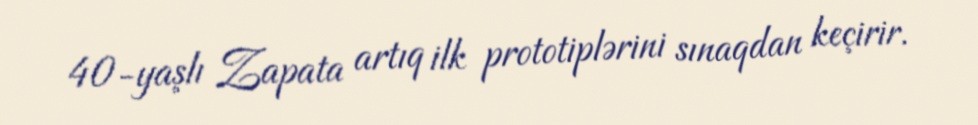
40-yaşlı Zapata artıq ilk prototiplərini sınaqdan keçirir.